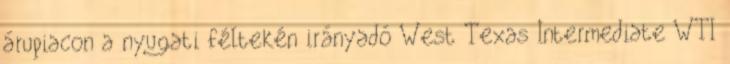
árupiacon a nyugati féltekén irányadó West Texas Intermediate WTI